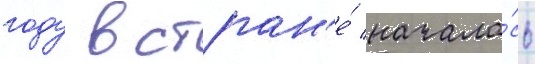
году в стран'е́ начала́сь